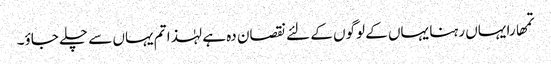
تمھارا یہاں رہنا یہاں کے لوگوں کے لئے نقصان دہ ہے لہٰذا تم یہاں سے چلے جاؤ۔